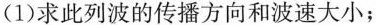
(1)求此列波的传播方向和波速大小；